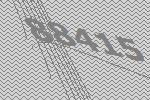
88415